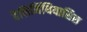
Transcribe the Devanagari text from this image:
हैलिमिंथियासिस